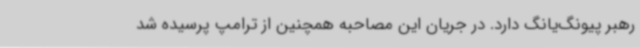
رهبر پیونگ‌یانگ دارد. در جریان این مصاحبه همچنین از ترامپ پرسیده شد